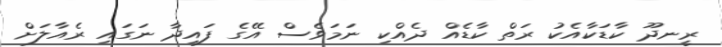
ރީނދޫ ކާޑަކާއެކު ރަތް ކާޑެއް ދެއްކި ނަމަވެސް އޭގެ ފައިދާ ނަގައި ރެއާލަށް